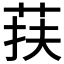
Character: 荴